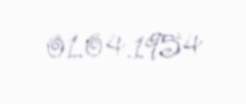
01.04.1954